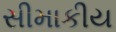
સીમાકીય